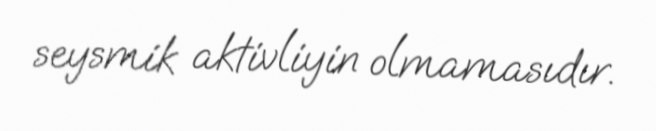
seysmik aktivliyin olmamasıdır.